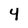
Character: 4